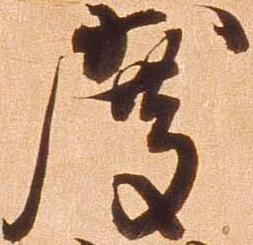
度